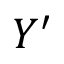
Y ^ { \prime }